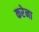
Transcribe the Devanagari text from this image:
करेना